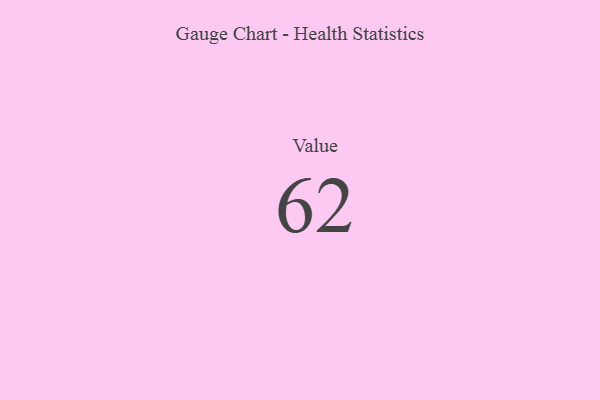
{"axis": {"x": "Metric", "y": "Value"}, "legend": [""], "data": [{"x": "Value", "y": 62, "type": ""}]}